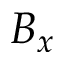
B _ { x }